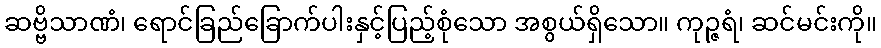
ဆဗ္ဗိသာဏံ၊ ရောင်ခြည်ခြောက်ပါးနှင့်ပြည့်စုံသော အစွယ်ရှိသော။ ကုဉ္ဇရံ၊ ဆင်မင်းကို။